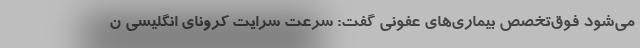
می‌شود فوق‌تخصص بیماری‌های عفونی گفت: سرعت سرایت کرونای انگلیسی ن